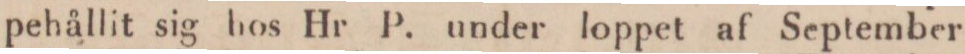
pehållit sig hos Hr P. under loppet af September